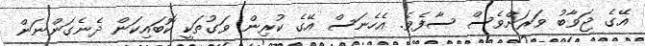
އޭގެ ޖަވާބު ވަރަށްވެސް ސާފެވެ. އެހެނަސް އޭގެ ކުރިން ވަގުތަކީ ކޮބައިކަން ދެނެގަންނަން